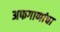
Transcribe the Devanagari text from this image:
अफगाणांचा